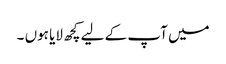
میں آپ کے لیے کچھ لایا ہوں ۔